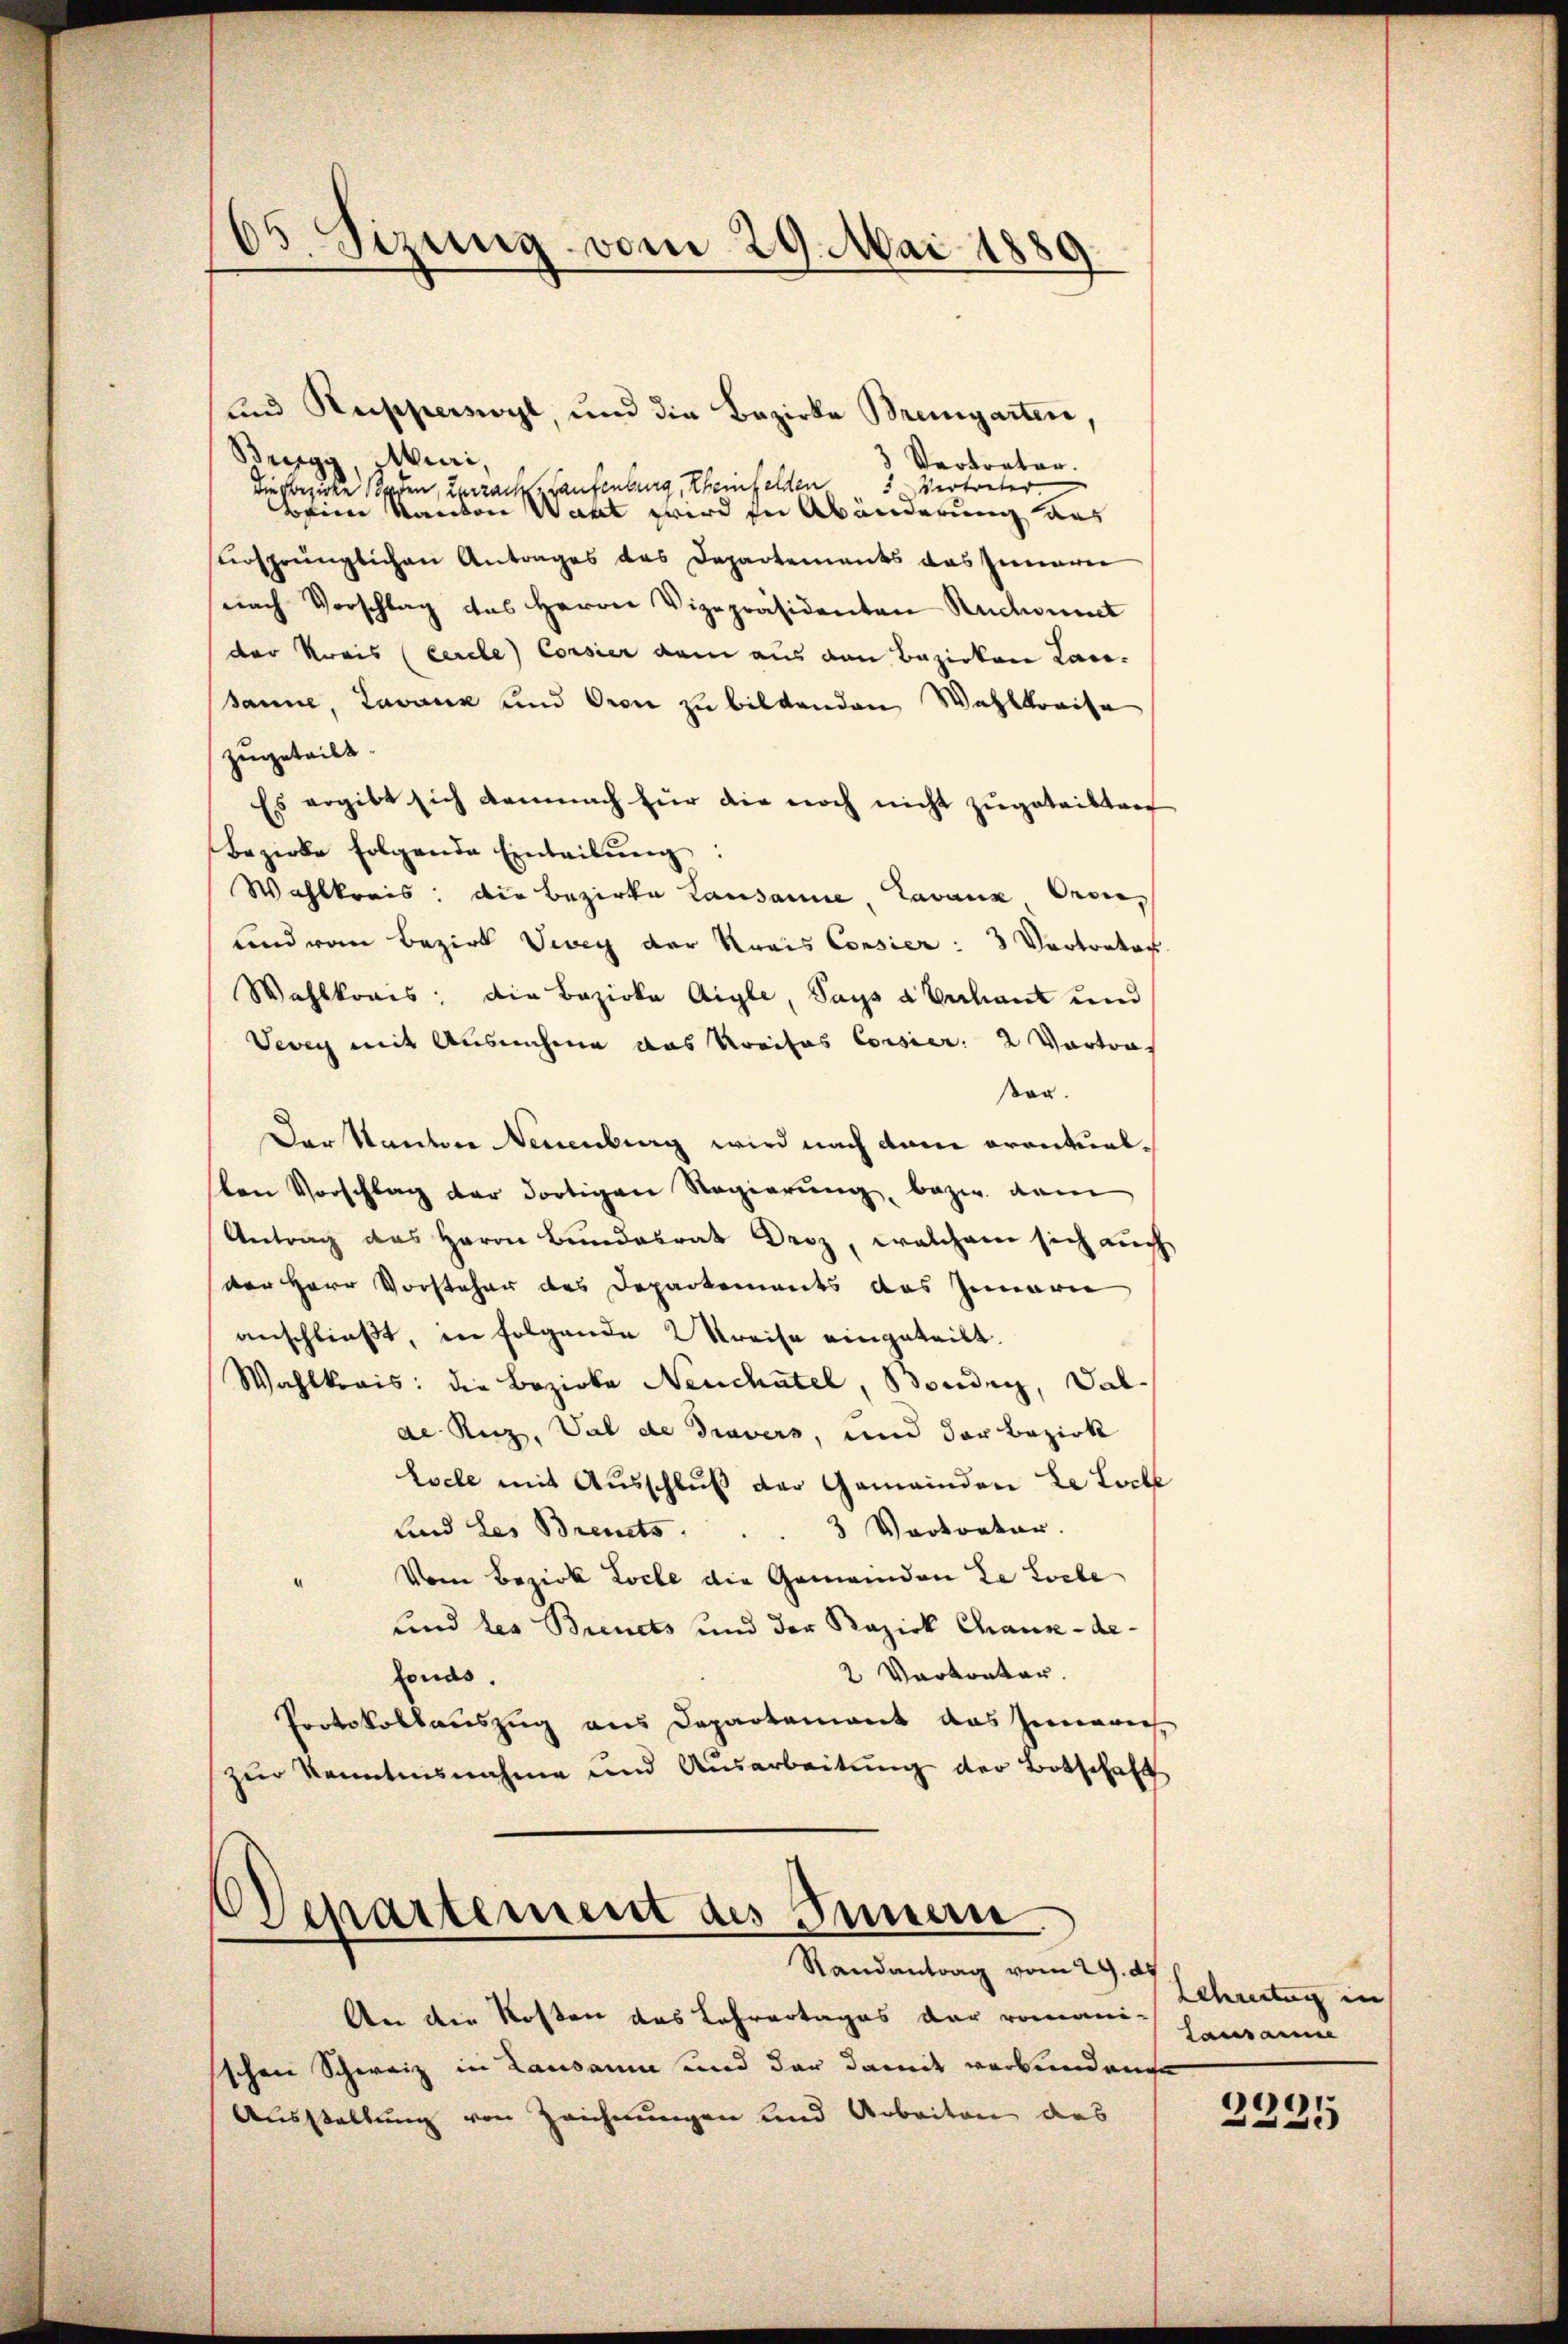
19
e. Sizung vom 29. Mai 1889.

und Rupperswyl, und die Bezirke Bremgarten,
Bregg, Stuari
3 Vertreter.
5 Vertreter
Die Frezirke Boden, Zurzach Haufenburg, Rheinfelden,
Beim Kanton Want wird für Abänderung aus
ursprünglichen Antrages das Departements das Inneren
snach Vorschlag des Herrn Vizepräsidenten Rückannt
der Kreis (Cercle) Corsier dem aus den Bezirken Lan-
Sanne, Lavaux und Oron zu bildenden Wahlkreise
zugeteilt.
Es ergibt sich demnach für die noch nicht zugetrikten
Bezirke folgende Einteilŭng:
Wahlkreis: Die Bezirke Lausanne, Lavaux Orvikind von Bezirk Vevey der Krais Consier: 3 Vertrator
Wahlkreis: die Bezirka Aigle, Says a Valant und
Vevey mit Ausnahme das Kreises Corsier. 2 Vortra
er.
Der Kanton Neuenburg wird nach dem prontuallen Vorschlag der dortigen Regierŭng bezw. dam
Antrag des Herrn Bundesrat Droz, welchem sich auch
der Herr Vorsteher des Departements das Innern
anschließt, in folgende Kreise eingeteilt.
Wahlkreis: die Bozioka Neuchatel, Boudry, Val-
de Ruz, Val de Travers, und der Bezirk
Esele mit Ausschluß der Gemeinden Le Loche
und des Brents . . . 3 Vortrator.
Vom Bezirk Loche die Gemeinden ze Loche
und des Bienets und der Bezirk Chaux-de-
2 Vertreter.
fonds.
Protokollauszug aus Departement das Innerich
zur Kenntnisnahme und Ausarbeitŭng der Botschaft

Departement des Innen
Randantrag vom 29. d.

An die Kosten das Lehrertages der romann Hausanne
sschen Schweiz in Lausann und der damit verbundene
Ausstellung von Zeichnungen und Arbeiten des

Schreitag in

2335